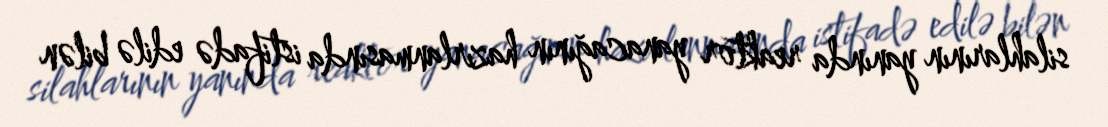
silahlarının yanında reaktor yanacağının hazırlanmasında istifadə edilə bilən